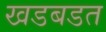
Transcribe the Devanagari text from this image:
खडबडत